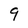
Character: 9